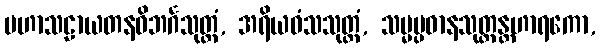
မဟာသဠာယတနဝိဘင်္ဂသုတ္တံ, အရိယဝံသသုတ္တံ, သမ္မပ္ပဓာနသုတ္တန္တဟာရကော,